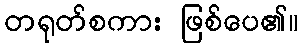
တရုတ်စကား ဖြစ်ပေ၏။